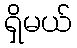
ရှိမယ်